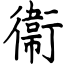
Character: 衞